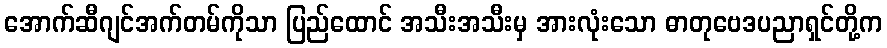
အောက်ဆီဂျင်အက်တမ်ကိုသာ ပြည်ထောင် အသီးအသီးမှ အားလုံးသော ဓာတုဗေဒပညာရှင်တို့က